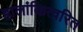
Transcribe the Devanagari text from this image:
हालांकित्वरित